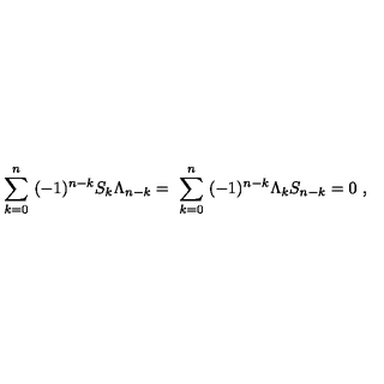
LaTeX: \sum _ { k = 0 } ^ { n } \ ( - 1 ) ^ { n - k } S _ { k } \Lambda _ { n - k } = \ \sum _ { k = 0 } ^ { n } \ ( - 1 ) ^ { n - k } \Lambda _ { k } S _ { n - k } = 0 \ ,